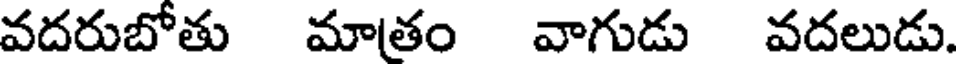
వదరుబోతు మాతం వాగుడు వదలుడు.